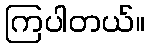
ကြပါတယ်။